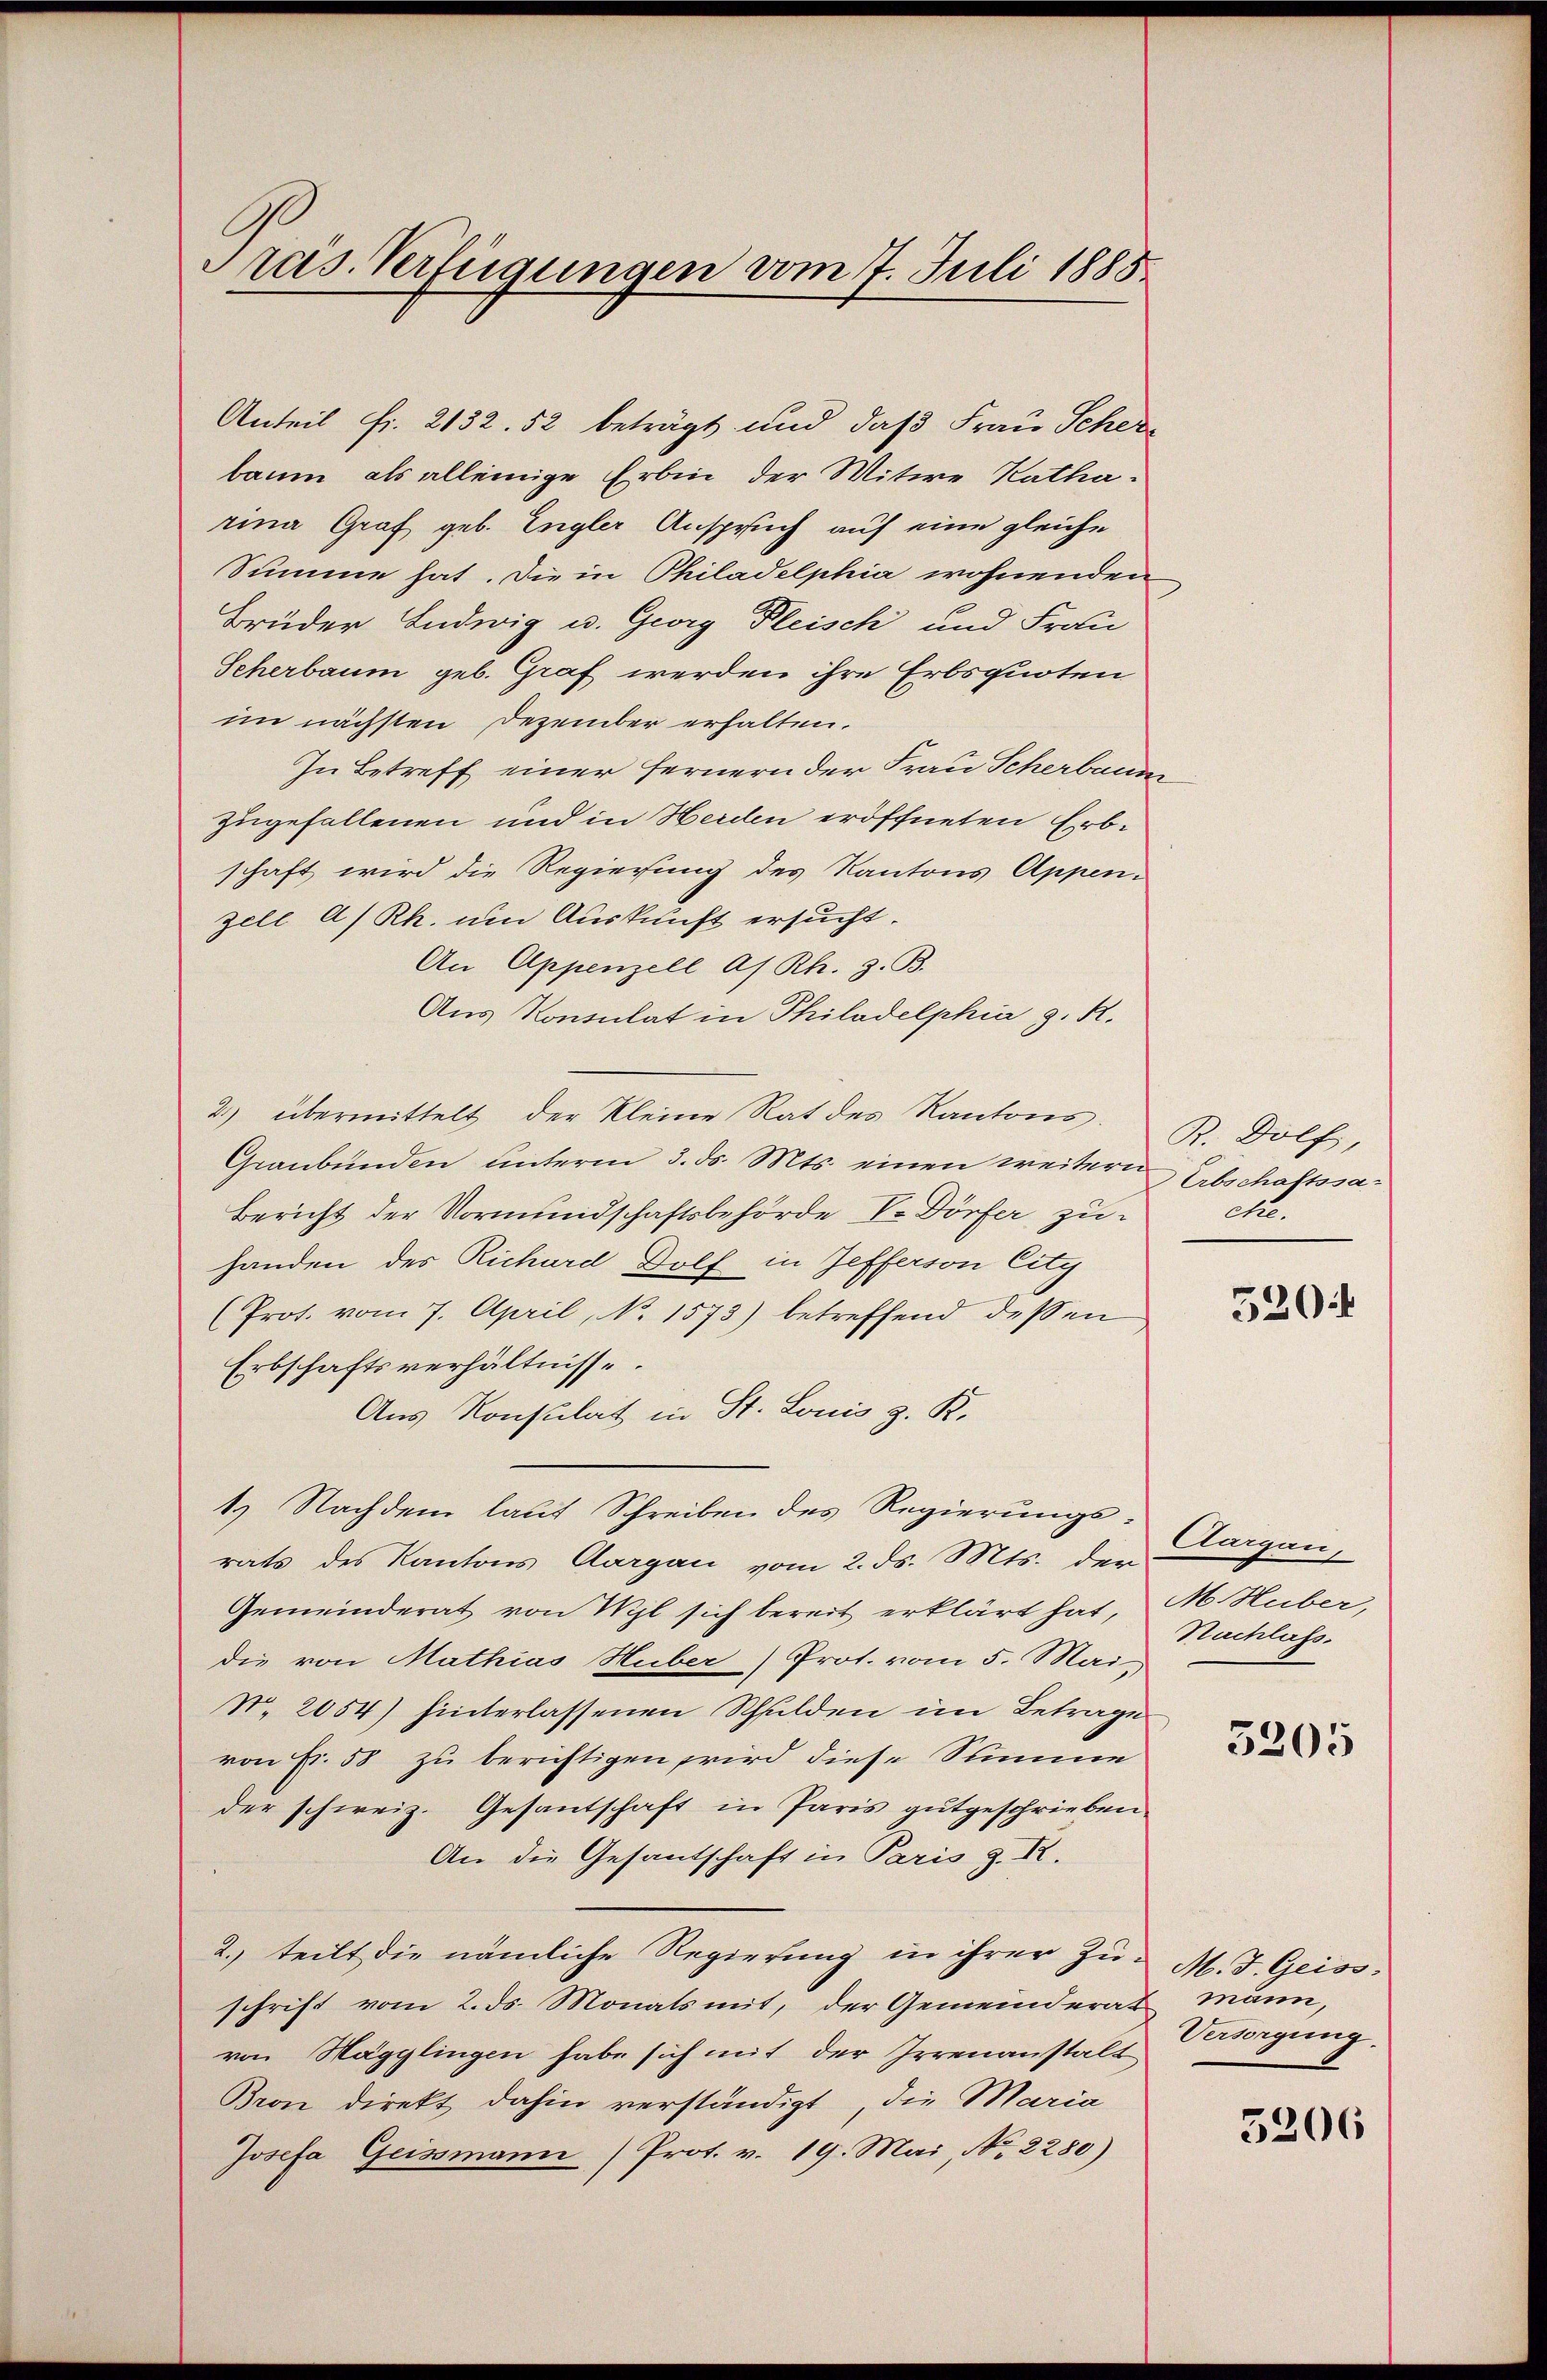
Pras. Verfügungen vom 7. Juli 1883

Anteil fr. 2132. 52 beträgt und daß Frau Schere
baum, als alleinige Erbin der Witwe Katharina Graf geb. Engler Anspruch auf eine gleiche
Summe hat. Die in Philadelphia wohnenden
Brüder Ludwig u. Georg Fleisch und Frau
Scherbaum geb. Graf werden ihre Erbsquoten
im nächsten Dezember erhalten.
In Betreff einer fernern der Frau Scherbaum
zugefallenen und in Herden eröffneten Erbschaft wird die Regierung des Kantons Appen-
zell A/Rh. um Auskunft ersucht.
An Appenzell As Rh. z. B.
Aus Konsulat in Philadelphia z. R.
2) übermittelt der kleine Rat des Kantons. B. Dolf,
Graubünden unterm 3. ds. Mts. einen weitern Abschaftssa¬
Bericht der Vormundschaftsbehörde Vr Dörfer zu che.
handen des Richard Dolf in Jefferson City
(Prot. vom 7. April, No. 1573) betreffend dessen
Erbschaftsverhältnisse.
Aus Konsulat in St. Louis z. K.
1) Nachdem laut Schreiben des Regierungsrats des Kantons Aargau vom 2. ds. Mts. der
Gemeinderat von Mil sich bereit erklärt hat, M. Huber,
die von Mathias Huber Prot. vom 5. Mai,
N. 2054) hinterlassenen Schulden im Betrage
von Fr. 58 zu berichtigen wird diese Summe
der schweiz. Gesantschaft in Paris gutgeschrieben
An die Gesantschaft in Paris z. R.
2. teilt die nämliche Regierung in ihrer Zu- M. J. Geiss-
schrift vom 2. ds. Monats mit, der Gemeinderat mann,
von Hägglingen habe sich mit der Irrenanstalt
Bron direkt dahin verständigt, die Maria
Josefa Geissmann (Prot. v. 19. Mai No 2280)

520

Aargau,
Nachlass.

5205

Versorgung.

5206